Vaccine operations Central Provinces & Berar 1922-1929 - 1922-1929
Year: 1922
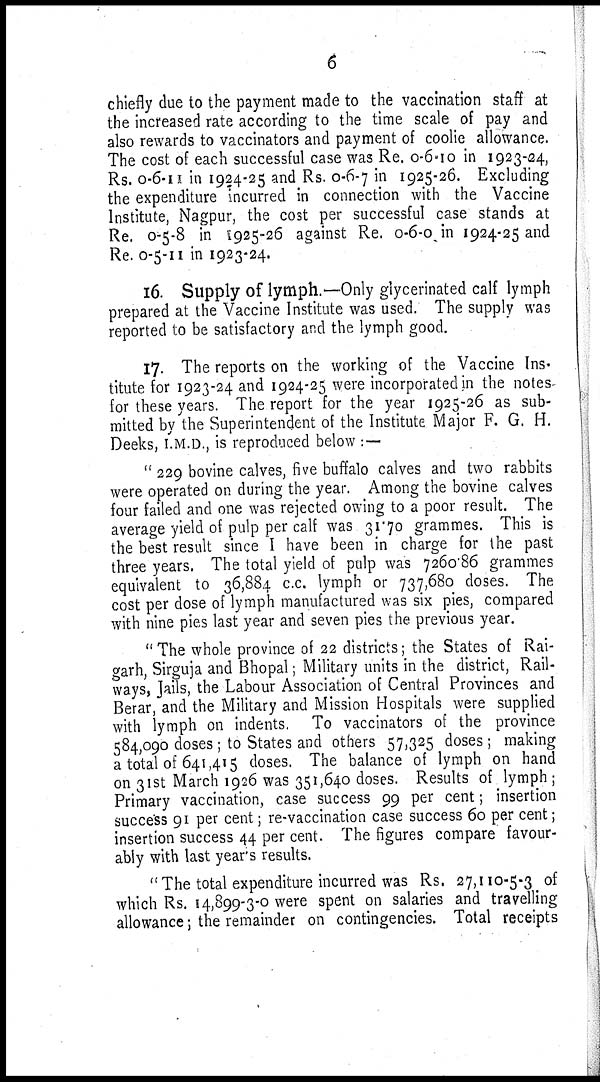
6
chiefly due to the payment made to the vaccination staff at
the increased rate according to the time scale of pay and
also rewards to vaccinators and payment of coolie allowance.
The cost of each successful case was Re. 0-6-10 in 1923-24,
Rs. 0-6-11 in 1924-25 and Rs. 0-6-7 in1925-26. Excluding
the expenditure incurred in connection with the Vaccine
Institute, Nagpur, the cost per successful case stands at
Re. 0-5-8 in 1925-26 against Re. 0-6-0 in 1924-25 and
Re. 0-5-11 in 1923-24.
16. Supply of lymph.—Only glycerinated calf lymph
prepared at the Vaccine Institute was used. The supply was
reported to be satisfactory and the lymph good.
17. The reports on the working of the Vaccine Ins-
titute for 1923-24 and 1924-25 were incorporated in the notes-
for these years. The report for the year 1925-26 as sub-
mitted by the Superintendent of the Institute Major F. G. H.
Deeks, I.M.D., is reproduced below :—
" 229 bovine calves, five buffalo calves and two rabbits
were operated on during the year. Among the bovine calves
four failed and one was rejected owing to a poor result. The
average yield of pulp per calf was 31.70 grammes. This is
the best result since I have been in charge for the past
three years. The total yield of pulp was 7260.86 grammes
equivalent to 36,884 c.c. lymph or 737,680 doses. The
cost per dose of lymph manufactured was six pies, compared
with nine pies last year and seven pies the previous year.
"The whole province of 22 districts; the States of Rai-
garh, Sirguja and Bhopal; Military units in the district, Rail-
ways, Jails, the Labour Association of Central Provinces and
Berar, and the Military and Mission Hospitals were supplied
with lymph on indents. To vaccinators of the province
584,090 doses ; to States and others 57,325 doses ; making
a total of 641,415 doses. The balance of lymph on hand
on 31st March 1926 was 351,640 doses. Results of lymph ;
Primary vaccination, case success 99 per cent; insertion
success 91 per cent; re-vaccination case success 60 per cent;
insertion success 44 per cent. The figures compare favour-
ably with last year's results.
"The total expenditure incurred was Rs. 27,110-5-3 of
which Rs. 14,899-3-0 were spent on salaries and travelling
allowance; the remainder on contingencies. Total receipts